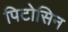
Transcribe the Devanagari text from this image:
पिटोसिन